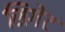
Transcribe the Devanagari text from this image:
सिगेट